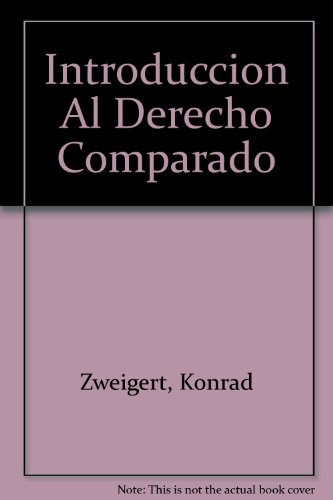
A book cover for Introduccion Al Derecho Comparado (Spanish Edition); Konrad Zweigert; Law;